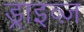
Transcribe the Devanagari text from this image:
ड्राइव्ज़